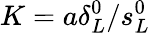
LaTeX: K=a\delta_{L}^{0}/s_{L}^{0}